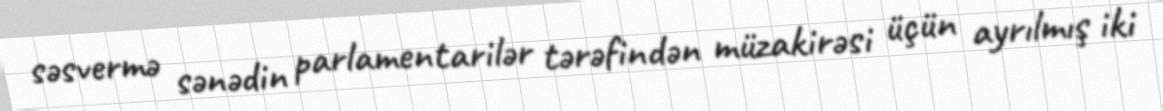
səsvermə sənədin parlamentarilər tərəfindən müzakirəsi üçün ayrılmış iki